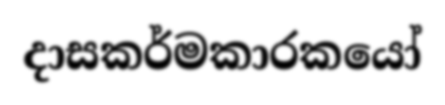
දාසකර්මකාරකයෝ